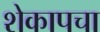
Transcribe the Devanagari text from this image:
शेकापचा